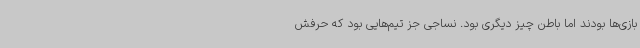
بازی‌ها بودند اما باطن چیز دیگری بود. نساجی جز تیم‌هایی بود که حرفش